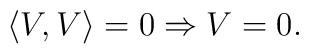
\left\langle V,V\right\rangle =  0 \Rightarrow V = 0.